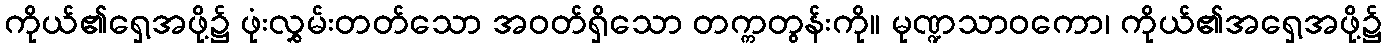
ကိုယ်၏ရှေ့အဖို့၌ ဖုံးလွှမ်းတတ်သော အဝတ်ရှိသော တက္ကတွန်းကို။ မုဏ္ဍသာဝကော၊ ကိုယ်၏အရှေ့အဖို့၌